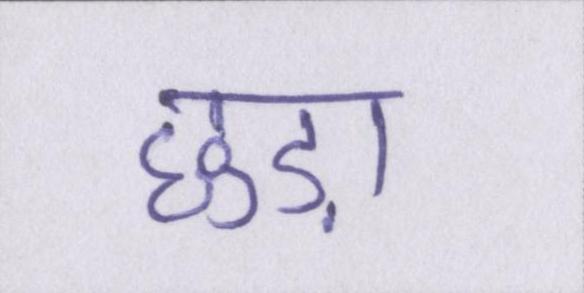
छुड़ा